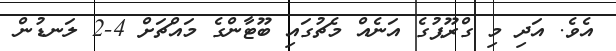
އެވެ. އަދި މި ގްރޫޕުގެ އަނެއް މެޗުގައި ބޫޓާންގެ މައްޗަށް 4-2 ލަނޑުން